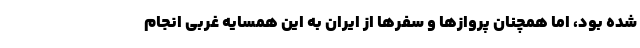
شده بود، اما همچنان پروازها و سفرها از ایران به این همسایه غربی انجام